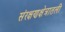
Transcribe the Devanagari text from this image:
संरक्षणक्षेत्रातली